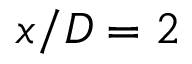
x / D = 2